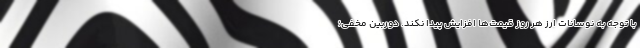
با توجه به نوسانات ارز هر روز قیمت‌ها افزایش پیدا نکند. دوربین مخفی؛